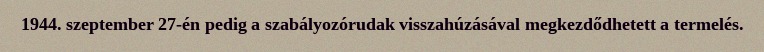
1944. szeptember 27-én pedig a szabályozórudak visszahúzásával megkezdődhetett a termelés.